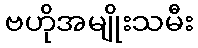
ဗဟိုအမျိုးသမီး